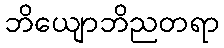
ဘိယျောဘိညတရာ